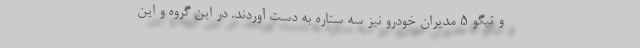
و تیگو 5 مدیران خودرو نیز سه ستاره به دست آوردند. در این گروه و این